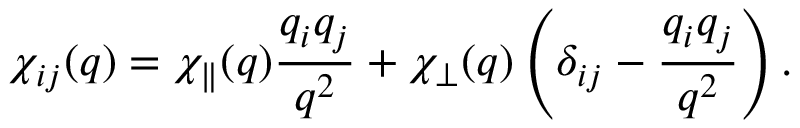
\chi _ { i j } ( q ) = \chi _ { \parallel } ( q ) \frac { q _ { i } q _ { j } } { q ^ { 2 } } + \chi _ { \perp } ( q ) \left( \delta _ { i j } - \frac { q _ { i } q _ { j } } { q ^ { 2 } } \right) .